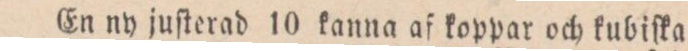
En ny juſterad 10 kanna af koppar och kubiſka